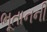
ભૂતાનની